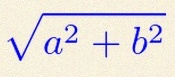
\sqrt{a^2+b^2}